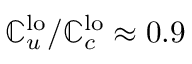
\mathbb { C } _ { u } ^ { \mathrm { { l o } } } / \mathbb { C } _ { c } ^ { \mathrm { { l o } } } \approx 0 . 9